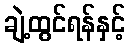
ချဲ့ထွင်ရန်နှင့်